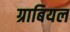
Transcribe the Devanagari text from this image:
ग्राबियल